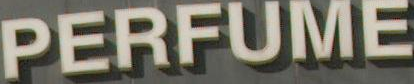
PERFUME